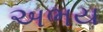
અભય